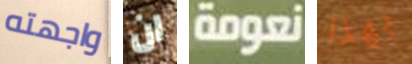
واجهته ان نعومة بهذا